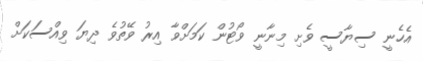
އެހެނީ ސިޔާސީ ވެށި މިނާނީ ވޯޓުން ކަމަށްވާ އިރު ވޭތުވެ ދިޔަ ވިއްސަކަށް